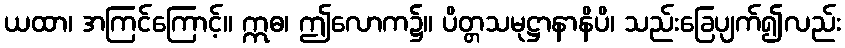
ယထာ၊ အကြင်ကြောင့်။ ဣဓ၊ ဤလောက၌။ ပိတ္တသမုဋ္ဌာနာနိပိ၊ သည်းခြေပျက်၍လည်း